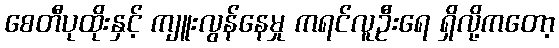
စေတီပုထိုးနှင့် ကျူးလွန်နေမှု ကရင်လူဦးရေ ရှိလို့ကတော့